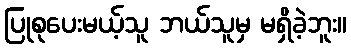
ပြုစုပေးမယ့်သူ ဘယ်သူမှ မရှိခဲ့ဘူး။